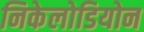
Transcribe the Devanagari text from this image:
निकेलोडियोन